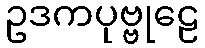
ဥဒကပုဗ္ဗုဠေ